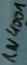
Text: 1N4001